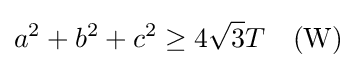
a^{2}+b^{2}+c^{2}\geq 4{\sqrt {3}}T\quad {\mbox{(W)}}